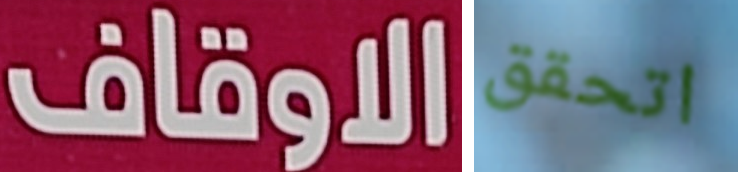
الاوقاف اتحقق